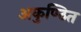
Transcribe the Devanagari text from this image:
अकुण्ठित